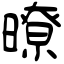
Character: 暸